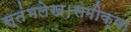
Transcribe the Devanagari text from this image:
स्तंभलेख।समीक्षा